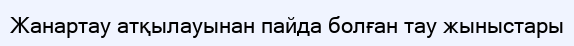
Жанартау атқылауынан пайда болған тау жыныстары